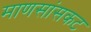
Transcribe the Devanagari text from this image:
माणसांसकट